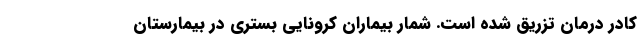
کادر درمان تزریق شده است. شمار بیماران کرونایی بستری در بیمارستان